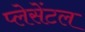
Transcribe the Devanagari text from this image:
प्लेसेंटल